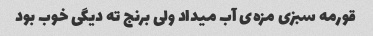
قورمه سبزی مزه‌ی آب میداد ولی برنج ته دیگی خوب بود